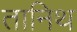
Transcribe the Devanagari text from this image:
तानिथ